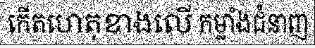
កើតហេតុខាងលើ កម្លាំងជំនាញ